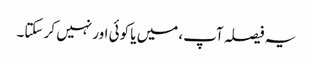
یہ فیصلہ آپ، میں یا کوئی اور نہیں کر سکتا۔